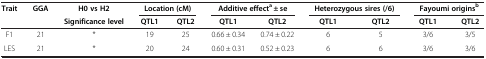
<table><thead><tr><td><b>Trait</b></td><td><b>GGA</b></td><td><b>H0 vs H2</b></td><td colspan="2"><b>Location (cM)</b></td><td colspan="2"><b>Additive effect<sup>a</sup> ± se</b></td><td colspan="2"><b>Heterozygous sires (/6)</b></td><td colspan="2"><b>Fayoumi origins<sup>b</sup></b></td></tr><tr><td><b> </b></td><td><b> </b></td><td><b>Significance level</b></td><td><b>QTL1</b></td><td><b>QTL2</b></td><td><b>QTL1</b></td><td><b>QTL2</b></td><td><b>QTL1</b></td><td><b>QTL2</b></td><td><b>QTL1</b></td><td><b>QTL2</b></td></tr></thead><tbody><tr><td>F1</td><td>21</td><td>*</td><td>19</td><td>25</td><td>0.66 ± 0.34</td><td>0.74 ± 0.22</td><td>6</td><td>5</td><td>3/6</td><td>3/5</td></tr><tr><td>LES</td><td>21</td><td>*</td><td>20</td><td>24</td><td>0.60 ± 0.31</td><td>0.52 ± 0.23</td><td>6</td><td>6</td><td>3/6</td><td>3/6</td></tr></tbody></table>